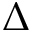
\Delta